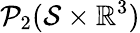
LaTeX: \mathcal{P}_{2}(\mathcal{S}\times\mathbb{R}^{3})